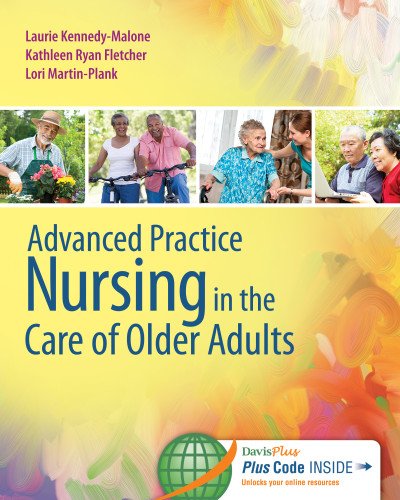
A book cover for Advanced Practice Nursing in the Care of Older Adults; Laurie Kennedy-Malone PhD  GNP-BC  FAANP  FGSA; Medical Books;